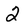
Character: 2